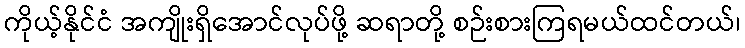
ကိုယ့်နိုင်ငံ အကျိုးရှိအောင်လုပ်ဖို့ ဆရာတို့ စဉ်းစားကြရမယ်ထင်တယ်၊